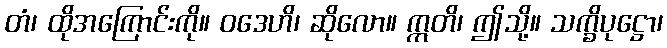
တံ၊ ထိုအကြောင်းကို။ ဝဒေဟိ၊ ဆိုလော။ ဣတိ၊ ဤသို့။ သက္ခိပုဋ္ဌော၊